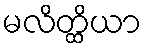
မလိတ္ထိယာ